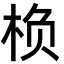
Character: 㭥